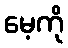
မေ့ကို